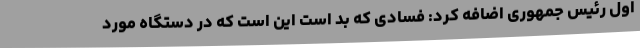
اول رئیس جمهوری اضافه کرد: فسادی که بد است این است که در دستگاه مورد